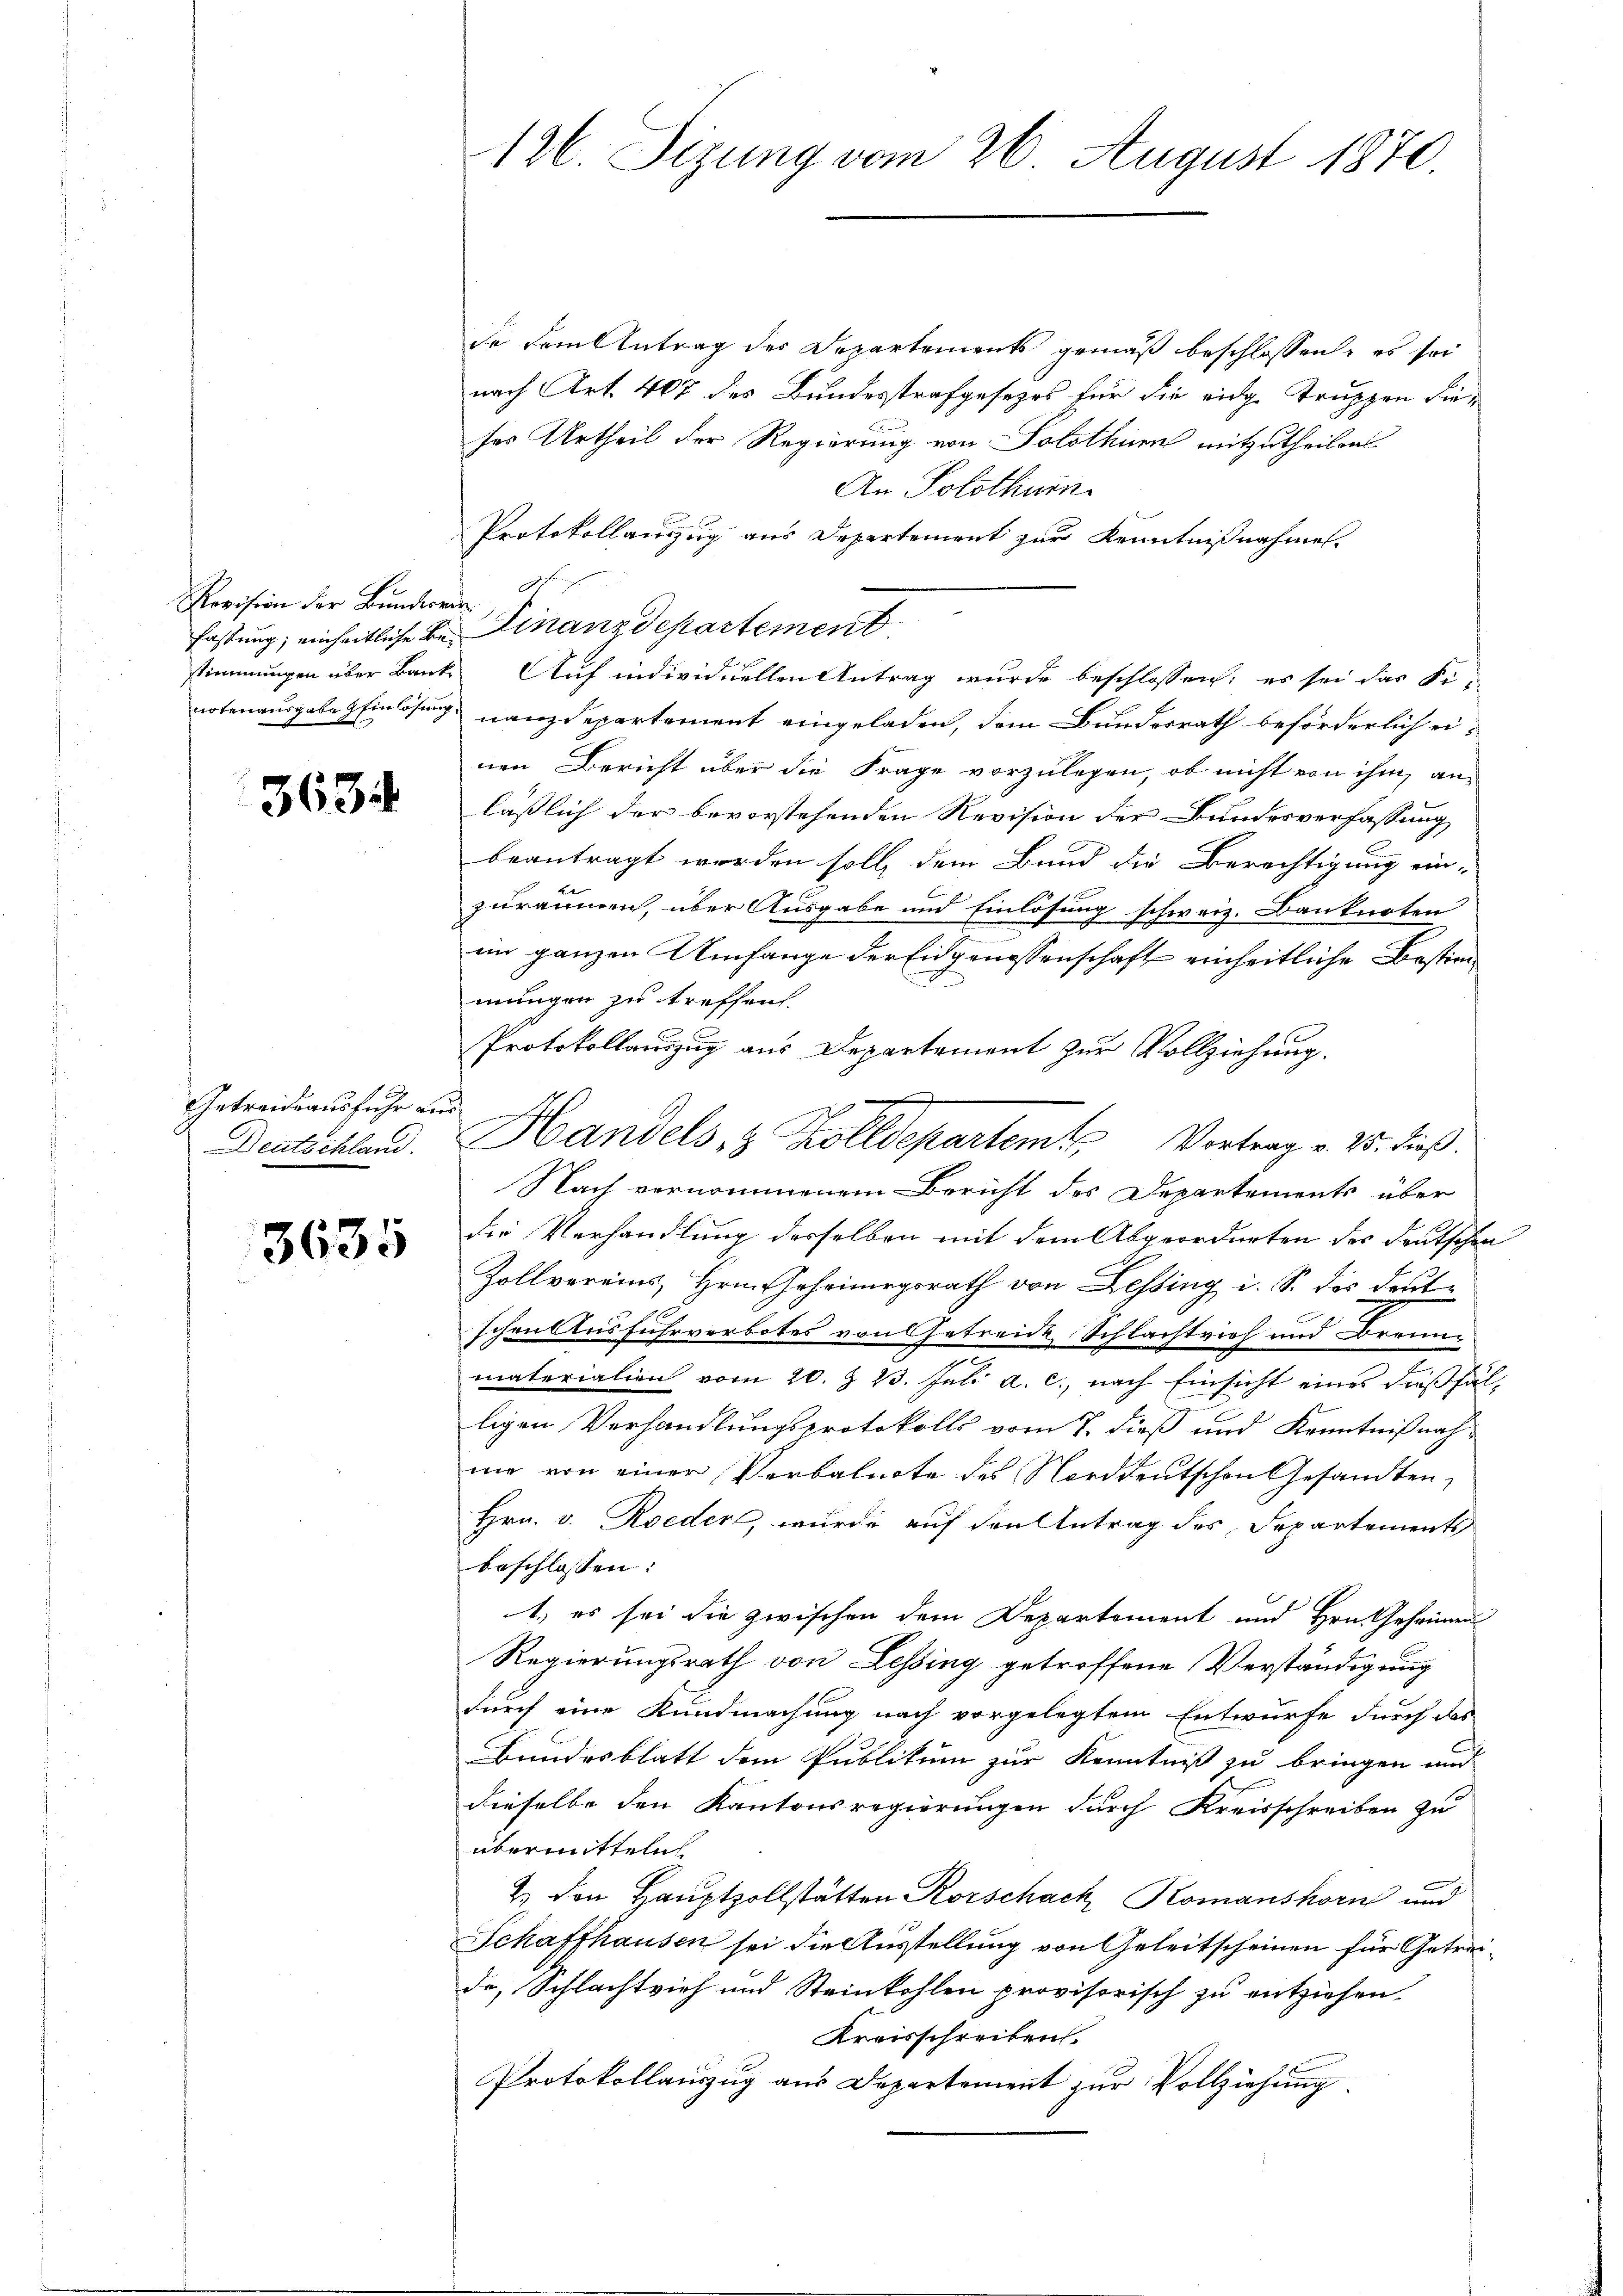
Revision der Bunderen
notenausgabe Zeinlösung

3634

Getreideausfuhr ein
Deutschland.

3635

126. Sizung vom 26. August 1870.

de dem Antrag der Departements gemäß beschlossen, es sei
nach Art. 402 des Bundesstrafgesezes für die eidge Truppen Fises Urtheil der Regierung von Solothur mitzutheilen
An Solothurn
Protokollauszug aus Departement zur Kenntnißnahmen.
fastung; einheitliche de Finanzdepartement
stimmungen über Banke Auf individuellen Antrag wurde beschlossen; es sei das Fi-
nanzdepartement eingeladen, dem Bundesrath beförderlich einen Bericht über die Frage vorzulegen, ob nicht von ihm anläßlich der bevorstehenden Revision der Bundesverfassung
beantragt worden soll, dem Bund die Berechtigung ein-
zuräumen, über Ausgabe und Einlösung schweiz. Banknoten
ein ganzen Umfange der Eidgenossenschaft einheitliche Bestimmungen zu treffen.
Protokollauszug aus Departement zur Vollziehung.
Nach vernommenem Bericht des Departements über
die Verhandlung derselben mit dem Abgeordneten des deutschen
Zollvereins, Hrn. Gehringsrath von Lessing i. S. des deutschen Ausfuhrverbotes von Getreide Schlachtrich und Brenn-
materialien vom 20. Z. 23. Juli a. c., nach Einsicht eines dießfälligen Verhandlungsprotokolls vom 7. dieß und Kenntnißnahnie von einer Verbalnote des Norddeutschen Gesandten,
Hrn. v. Roeder, wurde auf den Antrag des Departements
beschlossen:
1.) es sei die zwischen dem Departement und Hrn. Geheimen
Regierungsrath von Lessing getroffene Verständigung
durch eine Kundmachung nach vorgelegtem Entwurfe durch das
Bundesblatt dem Publikum zur Kenntniß zu bringen und
dieselbe den Kantonsregierungen durch Kreisschreiben zu
übermitteln
2. den Hauptzollstätten Korschach, Komanshorn und
Schaffhausen sei die Ausstellung von Geleitscheinen für Getreide, Schlachtvieh und Steinkohlen provisorisch zu entziehen.
Kreisschreiben.
Protokollauszug aus Departement zur Vollziehung

mungen

Handels, z. Kolldepartem Vertrag v. 25. dieß.